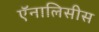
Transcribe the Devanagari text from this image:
ऍनालिसीस